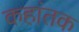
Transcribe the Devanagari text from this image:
कहांतक